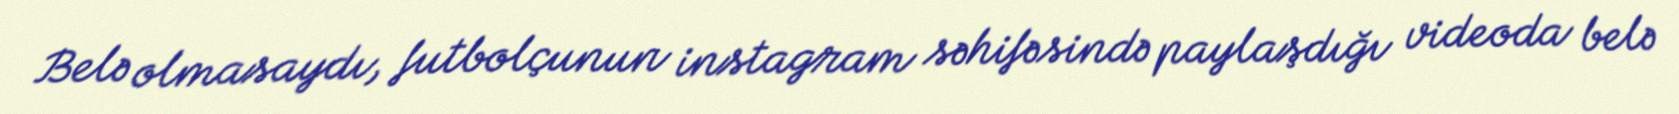
Belə olmasaydı, futbolçunun instagram səhifəsində paylaşdığı videoda belə